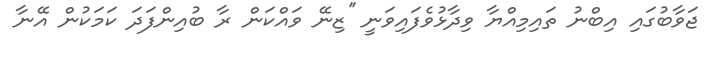
ޖަވާބުގައި އިބްނު ތައިމިއްޔާ ވިދާޅުވެފައިވަނީ ''ޒިނޭ ވައްކަން ރާ ބުއިންފަދަ ކަމަކުން އޭނާ